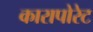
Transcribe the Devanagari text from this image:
कारापोरेट